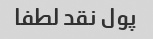
پول نقد لطفا